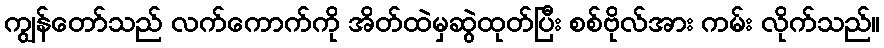
ကျွန်တော်သည် လက်ကောက်ကို အိတ်ထဲမှဆွဲထုတ်ပြီး စစ်ဗိုလ်အား ကမ်း လိုက်သည်။